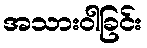
အသားဝါခြင်း